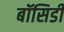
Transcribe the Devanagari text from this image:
बॉसिडी